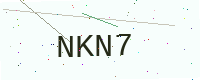
Text: NKN7